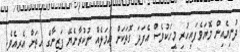
ދުނިޔެއިން މޮޔަވެފައިހުރި މީހަކުވެސް އެފަދަ ގޮތަކަށް ޢަމަލެއް ނުކުރާނެޔޭ ފަޒީނާގެ ހިތަށް އެރިއެވެ.